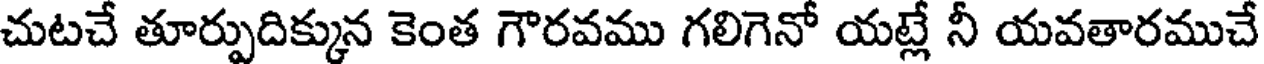
చుటచే తూర్పుదిక్కున కెంత గౌరవము గలిగెనో యట్లే నీ యవతారముచే